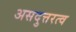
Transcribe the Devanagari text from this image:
असदुत्तरत्व